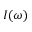
I ( \omega )